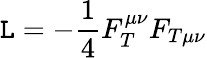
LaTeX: {\cal\mathtt{L}}=-\frac{1}{4}F_{T}^{\mu\nu}F_{T\mu\nu}